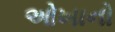
ઓખાનો